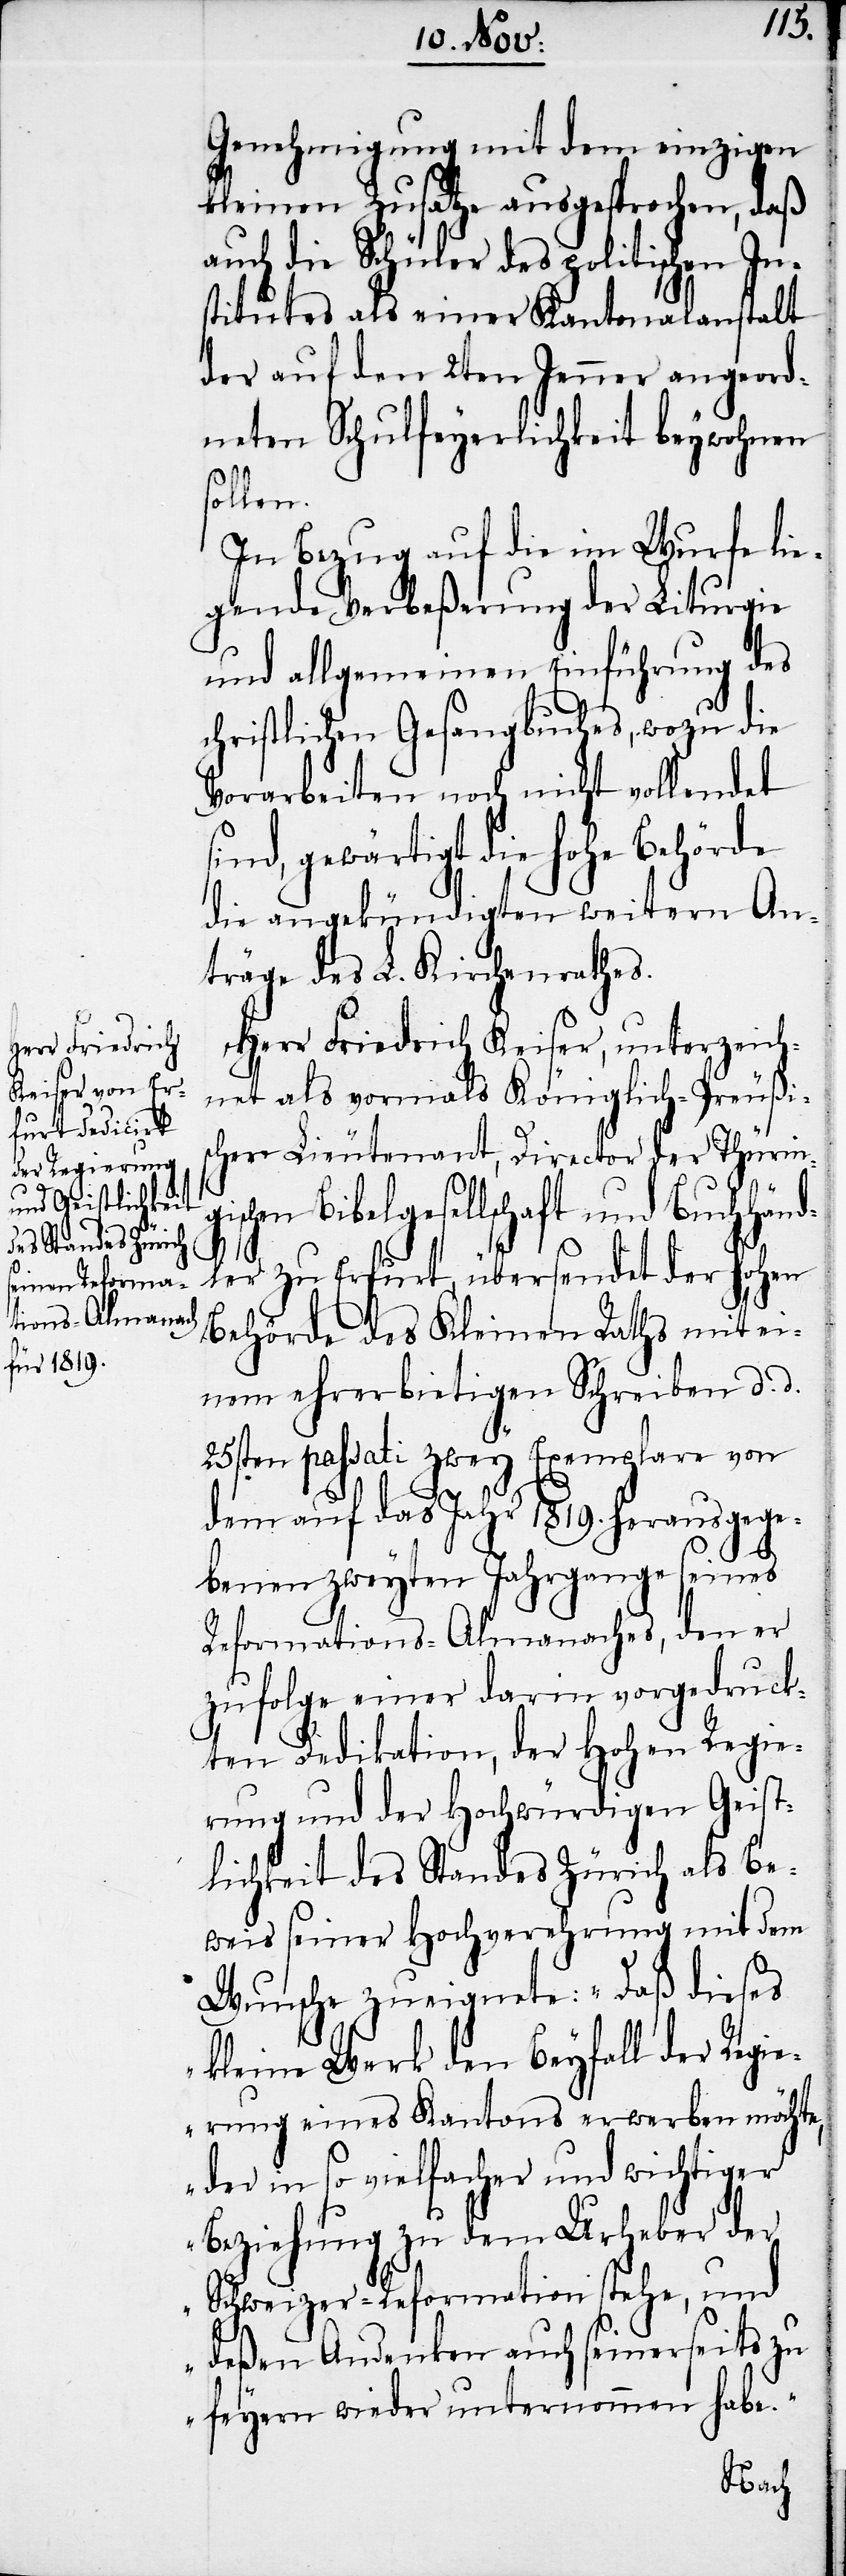
Genehmigung mit dem einzigen
kleinen Zusatze ausgesprochen, daß
auch die Schüler des politischen In¬
stitutes als einer Kantonalanstalt
der auf den 2ten Jenner angeord¬
neten Schulfeyerlichkeit beywohnen
sollen.
In Bezug auf die im Wurfe lie¬
gende Verbeßerung der Liturgie
und allgemeinen Einführung des
christlichen Gesangbuches, wozu die
Vorarbeiten noch nicht vollendet
sind, gewärtigt die hohe Behörde
die angekündigten weitern An¬
träge des L. Kirchenrathes.
Herr Friedrich Keiser, unterzeich¬
net als vormals Königlich-Preußi¬
scher Lieutenant, Director der Thürin¬
gischen Bibelgesellschaft und Buchhänd¬
ler zu Erfurt, übersendet der hohen
Behörde des Kleinen Raths mit ei¬
nem ehrerbietigen Schreiben d. d.
25sten passati zwey Exemplare von
dem auf das Jahr 1819. herausgege¬
benen zweyten Jahrgange seines
Reformations-Almanaches, den er
zufolge einer darin vorgedruck¬
ten Dedikation, der Hohen Regie¬
rung und der Hochwürdigen Geist¬
lichkeit des Standes Zürich als Be¬
weis seiner Hochverehrung mit dem
Wunsche zueignete: „Daß dieses
kleine Werk den Beyfall erwerben
der in so vielfacher und wichtiger
Beziehung zu dem Urheber der
Schweizer-Reformation stehe, und
deßen Andenken auch seinerseits zu
feyern wieder unternommen habe.“